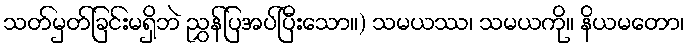
သတ်မှတ်ခြင်းမရှိဘဲ ညွှန်ပြအပ်ပြီးသော။) သမယဿ၊ သမယကို။ နိယမတော၊